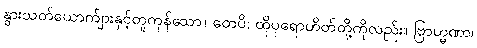
နွားသတ်ယောက်ျားနှင့်တူကုန်သော။ တေပိ၊ ထိုပုရောဟိတ်တို့ကိုလည်း။ ဗြာဟ္မဏာ၊